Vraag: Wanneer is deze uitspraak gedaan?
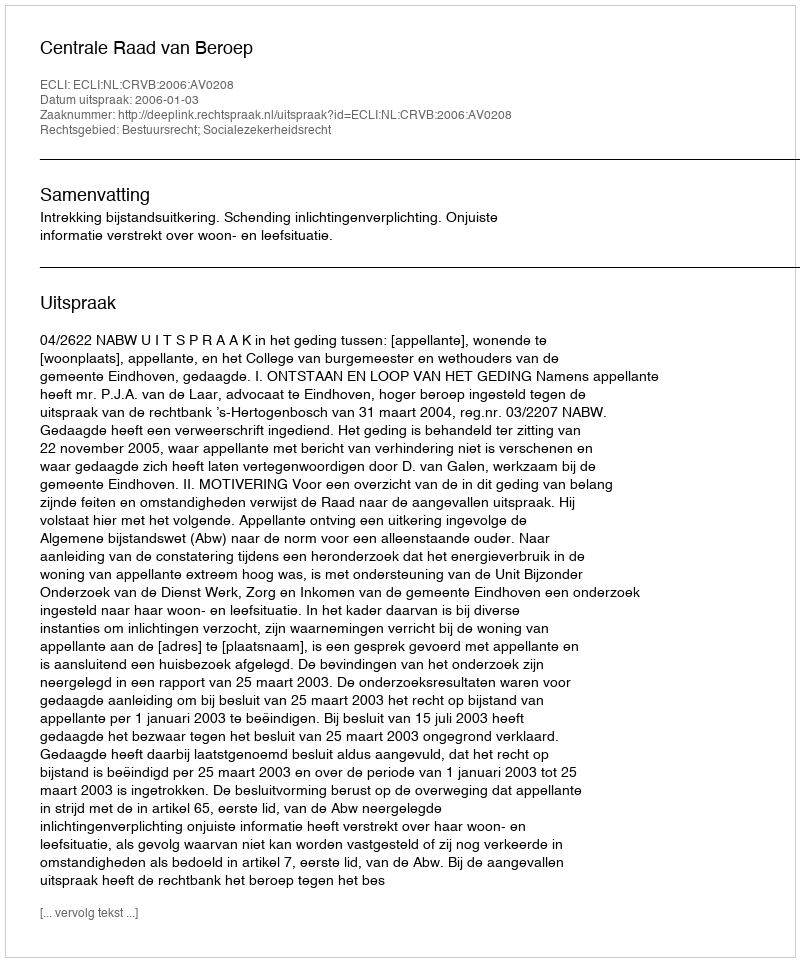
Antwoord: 2006-01-03